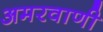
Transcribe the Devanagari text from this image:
अमरवाणी